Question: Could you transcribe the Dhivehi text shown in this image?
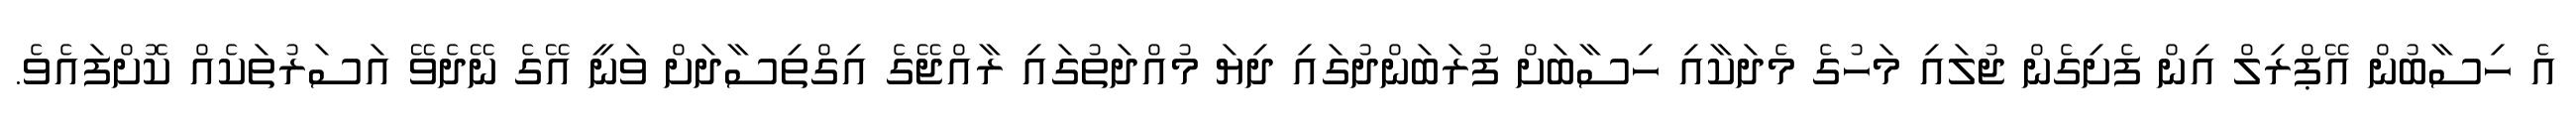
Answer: އެ ހިސާބުން އޭޕްރިލް އިން ފެށިގެން ޖުލައި މަހުގެ މެދަކާއި ހިސާބަށް ފުރަބަންދުގައި ދިޔަ މުއްދަތުގައި ރާއްޖޭގެ އިގްތިސާދަށް ވަނީ އޭގެ ނޭދެވޭ އަސަރުތަކެއް ކޮށްފައެވެ.